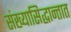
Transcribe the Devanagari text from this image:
संख्यासिद्धान्तात